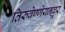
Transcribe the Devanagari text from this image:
तिरुवेण्णेयनल्लूर